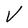
Character: V